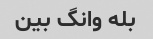
بله وانگ بین